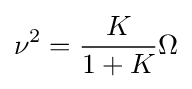
\nu ^{2}={\frac {K}{1+K}}\Omega